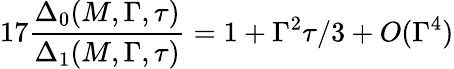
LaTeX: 17\frac{\Delta_{0}(M,\Gamma,\tau)}{\Delta_{1}(M,\Gamma,\tau)}=1+\Gamma^{2}\tau/3+O(\Gamma^{4})